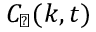
\ensuremath { C _ { \! \! \: \perp } } ( k , t )